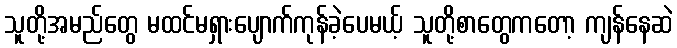
သူတို့အမည်တွေ မထင်မရှားပျောက်ကုန်ခဲ့ပေမယ့် သူတို့စာတွေကတော့ ကျန်နေဆဲ